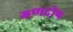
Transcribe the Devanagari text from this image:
गणदोष